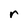
Character: r